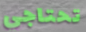
تحتاجي